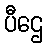
ပီဌေ